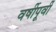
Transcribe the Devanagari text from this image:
वर्षीपूर्वी